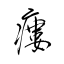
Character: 瘻